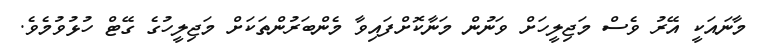
މާނައަކީ އޭރު ވެސް މަޖިލީހަށް ވަނުން މަނާކޮށްފައިވާ މެންބަރުންތަކަށް މަޖިލީހުގެ ގޭޓް ހުޅުވުމެވެ.